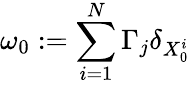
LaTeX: \omega_{0}:=\sum_{i=1}^{N}\Gamma_{j}\delta_{X_{0}^{i}}